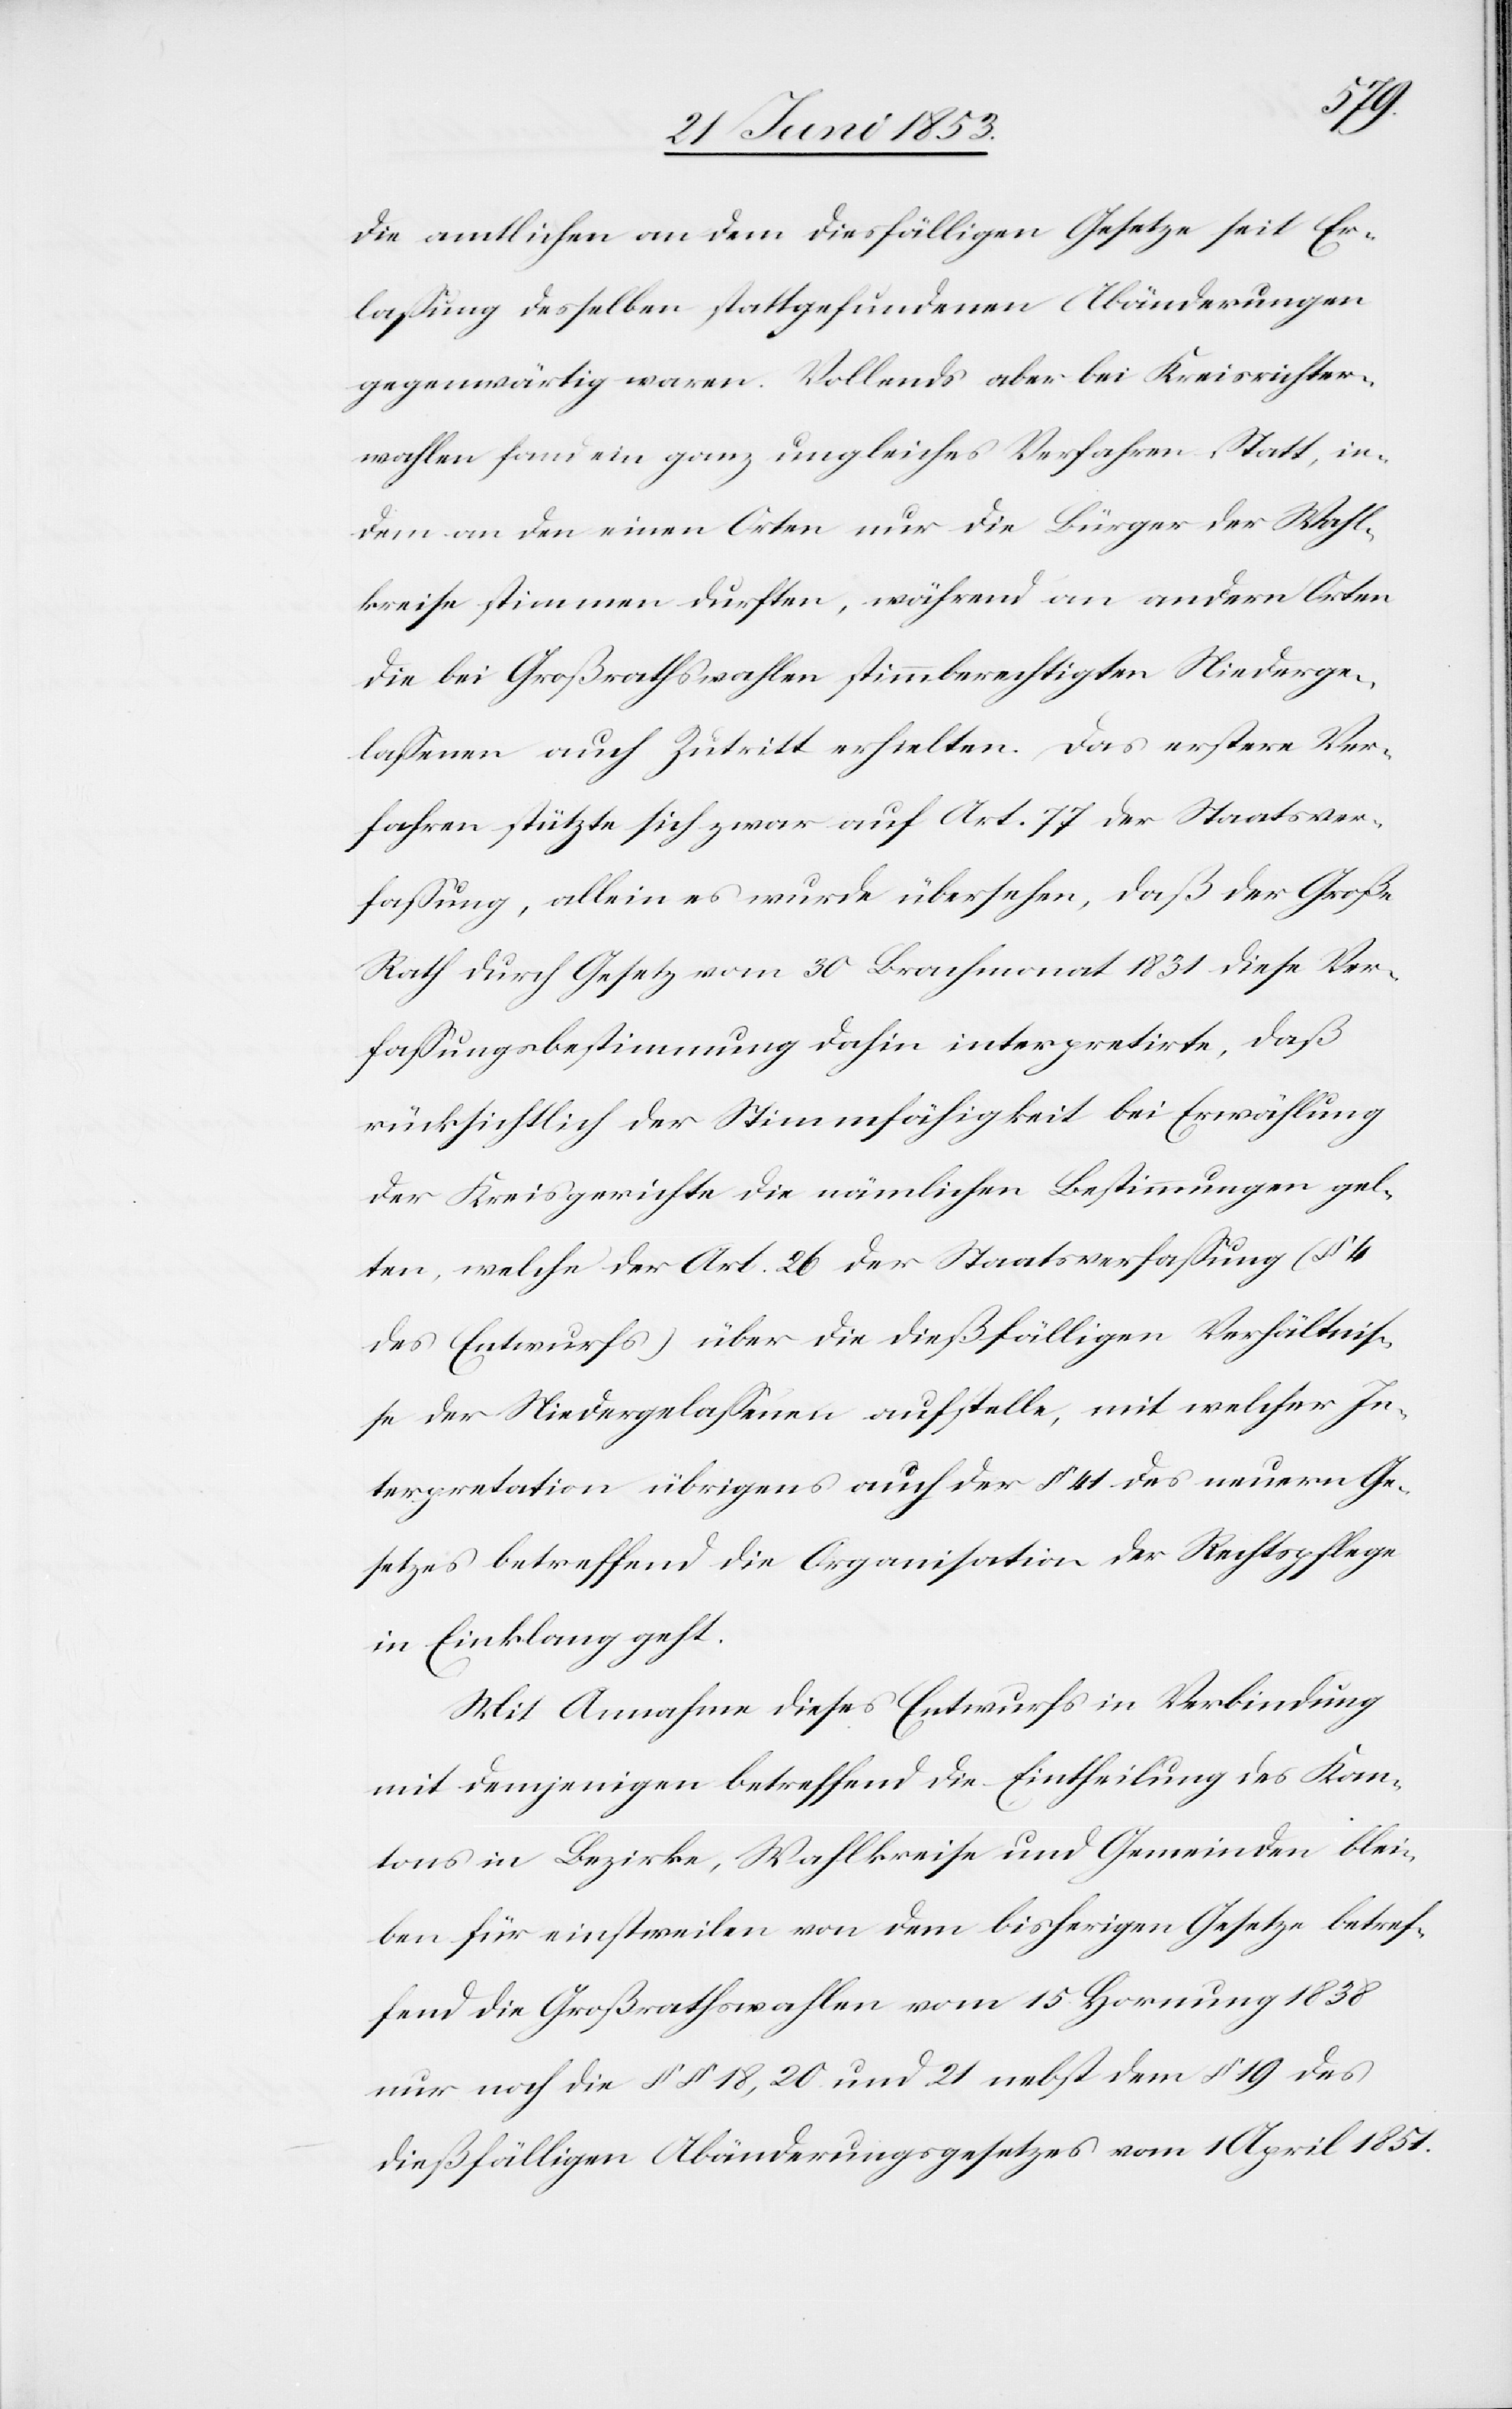
die amtlichen an dem diesfälligen Gesetze seit Er¬
laßung desselben stattgefundenen Abänderungen
gegenwärtig waren. Vollends aber bei Kreisrichter¬
wahlen fand ein ganz ungleiches Verfahren Statt, in¬
dem an den einen Orten nur die Bürger der Wahl¬
kreise stimmen durften, während an andern Orten
die bei Großrathswahlen stimmberechtigten Niederge¬
laßenen auch Zutritt erhielten. Das erstere Ver¬
fahren stützte sich zwar auf Art. 77 der Staatsver¬
faßung, allein es wurde übersehen, daß der Große
Rath durch Gesetz vom 30 Brachmonat 1831 diese Ver¬
faßungsbestimmung dahin interpretirte, daß
rücksichtlich der Stimmfähigkeit bei Erwählung
der Kreisgerichte die nämlichen Bestimmungen gel¬
ten, welche der Art. 26 der Staatsverfaßung (§ 4
des Entwurfs) über die diesfälligen Verhältniß¬
e der Niedergelaßenen aufstelle, mit welcher In¬
terpretation übrigens auch der § 41 des neuern Ge¬
setzes betreffend die Organisation der Rechtspflege
in Einklang geht.
Mit Ausnahme dieses Entwurfs in Verbindung
mit demjenigen betreffend die Eintheilung des Kan¬
tons in Bezirke, Wahlkreise und Gemeinden blei¬
ben für einstweilen von dem bisherigen Gesetze betref¬
fend die Großrathswahlen vom 15 Hornung 1838
nur noch die §§ 18, 20 und 21 nebst dem § 19 des
dießfälligen Abänderungsgesetzes vom 1 April 1851